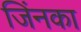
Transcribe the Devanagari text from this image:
जिंनका